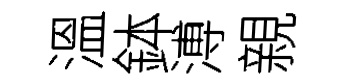
溫鉢溥親